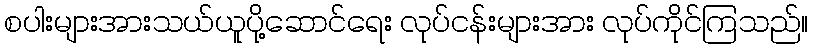
စပါးများအားသယ်ယူပို့ဆောင်ရေး လုပ်ငန်းများအား လုပ်ကိုင်ကြသည်။